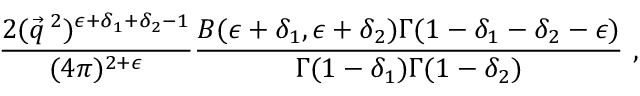
\frac { 2 ( \vec { q } \, ^ { 2 } ) ^ { \epsilon + \delta _ { 1 } + \delta _ { 2 } - 1 } } { ( 4 \pi ) ^ { 2 + \epsilon } } \frac { B ( \epsilon + \delta _ { 1 } , \epsilon + \delta _ { 2 } ) \Gamma ( 1 - \delta _ { 1 } - \delta _ { 2 } - \epsilon ) } { \Gamma ( 1 - \delta _ { 1 } ) \Gamma ( 1 - \delta _ { 2 } ) } ~ ,